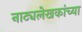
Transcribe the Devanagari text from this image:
नाट्यलेखकांच्या